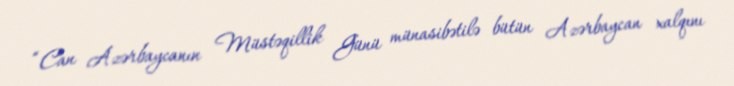
“Can Azərbaycanın Müstəqillik Günü münasibətilə bütün Azərbaycan xalqını